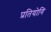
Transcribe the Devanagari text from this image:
प्रतियोगि